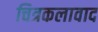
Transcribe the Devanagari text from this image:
चित्रकलावाद